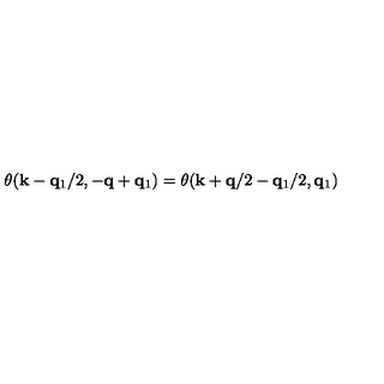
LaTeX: \theta ( { \bf { k } } - { \bf { q } } _ { 1 } / 2 , - { \bf { q } } + { \bf { q } } _ { 1 } ) = \theta ( { \bf { k } } + { \bf { q } } / 2 - { \bf { q } } _ { 1 } / 2 , { \bf { q } } _ { 1 } )